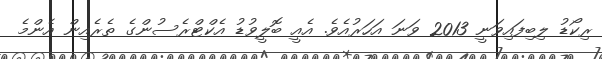
ރިކޯޑު ލިބިފައިވަނީ 2013 ވަނަ އަހަރުއެވެ. އެއީ ބޮލީވުޑު އެކްޓްރެސުންގެ ތެރެއިން އެންމެ